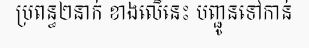
ប្រពន្ធ២នាក់ ខាងលើនេះ បញ្ជូនទៅកាន់